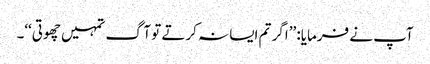
آپ نے فرمایا: ’’اگر تم ایسا نہ کرتے تو آگ تمہیں چھوتی‘‘۔